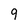
Character: 9